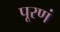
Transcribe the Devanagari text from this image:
पूरणं